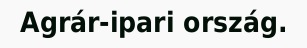
Agrár-ipari ország.